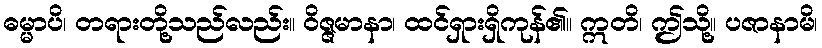
ဓမ္မာပိ၊ တရားတို့သည်လည်း။ ဝိဇ္ဇမာနာ၊ ထင်ရှားရှိကုန်၏။ ဣတိ၊ ဤသို့။ ပဇာနာမိ၊